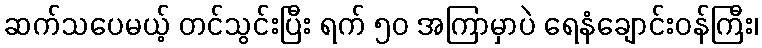
ဆက်သပေမယ့် တင်သွင်းပြီး ရက် ၅၀ အကြာမှာပဲ ရေနံချောင်းဝန်ကြီး၊